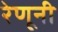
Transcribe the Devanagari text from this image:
रेणूनी